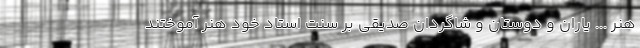
هنر ... یاران و دوستان و شاگردان صدیقی بر سنت استاد خود هنر آموختند